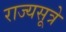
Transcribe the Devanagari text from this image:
राज्यसूत्रे